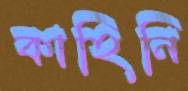
কাহিনি